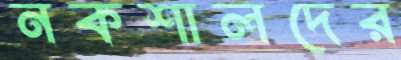
নকশালদের